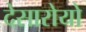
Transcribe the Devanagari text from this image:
देसारोयो